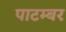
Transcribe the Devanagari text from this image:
पाटम्बर